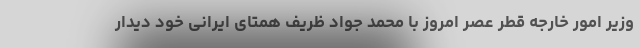
وزیر امور خارجه قطر عصر امروز با محمد جواد ظریف همتای ایرانی خود دیدار